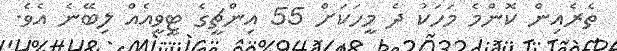
ތެރެއިން ކޮންމެ މަހަކު ދެ މީހަކަށް 55 އިންޗީގެ ޓީވީއެއް ލިބޭނެ އެވެ.